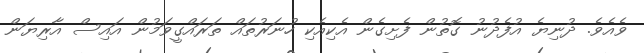
ވެއެވެ. ދުނިޔެ އުފެދުނު ގޮތުން ފެށިގެން އެކިއެކި ހުނަރުތައް ތަރައްގީވަމުން އައިސް އާރިޔަން